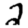
Digit: 2